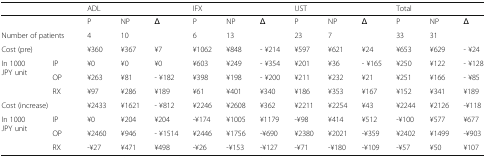
<table><thead><tr><td colspan="2">[EMPTY_CELL]</td><td colspan="3"><b>ADL</b></td><td colspan="3"><b>IFX</b></td><td colspan="3"><b>UST</b></td><td colspan="3"><b>Total</b></td></tr></thead><tbody><tr><td colspan="2">[EMPTY_CELL]</td><td>P</td><td>NP</td><td>Δ</td><td>P</td><td>NP</td><td>Δ</td><td>P</td><td>NP</td><td>Δ</td><td>P</td><td>NP</td><td>Δ</td></tr><tr><td colspan="2">Number of patients</td><td>4</td><td>10</td><td>[EMPTY_CELL]</td><td>6</td><td>13</td><td>[EMPTY_CELL]</td><td>23</td><td>7</td><td>[EMPTY_CELL]</td><td>33</td><td>31</td><td>[EMPTY_CELL]</td></tr><tr><td colspan="2">Cost (pre)</td><td>¥360</td><td>¥367</td><td>¥7</td><td>¥1062</td><td>¥848</td><td>- ¥214</td><td>¥597</td><td>¥621</td><td>¥24</td><td>¥653</td><td>¥629</td><td>- ¥24</td></tr><tr><td rowspan="3">In 1000JPY unit</td><td>IP</td><td>¥0</td><td>¥0</td><td>¥0</td><td>¥603</td><td>¥249</td><td>- ¥354</td><td>¥201</td><td>¥36</td><td>- ¥165</td><td>¥250</td><td>¥122</td><td>- ¥128</td></tr><tr><td>OP</td><td>¥263</td><td>¥81</td><td>- ¥182</td><td>¥398</td><td>¥198</td><td>- ¥200</td><td>¥211</td><td>¥232</td><td>¥21</td><td>¥251</td><td>¥166</td><td>- ¥85</td></tr><tr><td>RX</td><td>¥97</td><td>¥286</td><td>¥189</td><td>¥61</td><td>¥401</td><td>¥340</td><td>¥186</td><td>¥353</td><td>¥167</td><td>¥152</td><td>¥341</td><td>¥189</td></tr><tr><td colspan="2">Cost (increase)</td><td>¥2433</td><td>¥1621</td><td>- ¥812</td><td>¥2246</td><td>¥2608</td><td>¥362</td><td>¥2211</td><td>¥2254</td><td>¥43</td><td>¥2244</td><td>¥2126</td><td>-¥118</td></tr><tr><td rowspan="3">In 1000JPY unit</td><td>IP</td><td>¥0</td><td>¥204</td><td>¥204</td><td>-¥174</td><td>¥1005</td><td>¥1179</td><td>-¥98</td><td>¥414</td><td>¥512</td><td>-¥100</td><td>¥577</td><td>¥677</td></tr><tr><td>OP</td><td>¥2460</td><td>¥946</td><td>- ¥1514</td><td>¥2446</td><td>¥1756</td><td>-¥690</td><td>¥2380</td><td>¥2021</td><td>-¥359</td><td>¥2402</td><td>¥1499</td><td>-¥903</td></tr><tr><td>RX</td><td>-¥27</td><td>¥471</td><td>¥498</td><td>-¥26</td><td>-¥153</td><td>-¥127</td><td>-¥71</td><td>-¥180</td><td>-¥109</td><td>-¥57</td><td>¥50</td><td>¥107</td></tr></tbody></table>